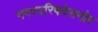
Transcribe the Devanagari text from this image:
नगरपरिषदेसमोर